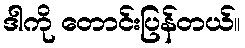
ဒါကို တောင်းပြန်တယ်။